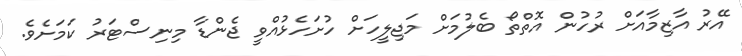
އޭރު އާޒިމާއަށް ރުހުން އޮތްތޯ ބެލުމަށް މަޖިލީހަށް ހުށަހެޅުއްވީ ޖެންޑާ މިނިސްޓަރު ކަމަށެވެ.